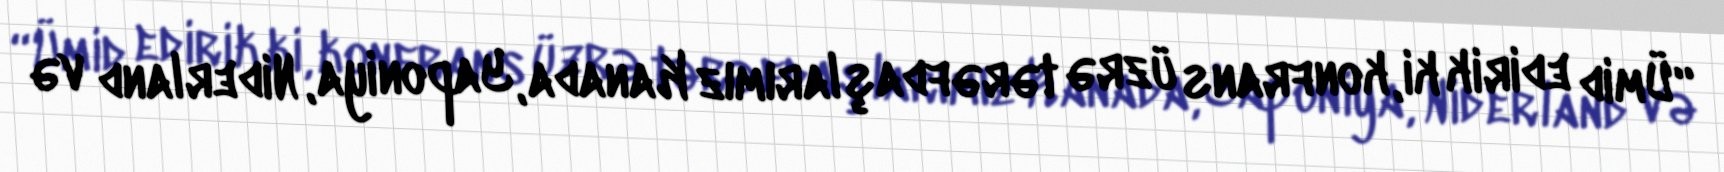
“Ümid edirik ki, konfrans üzrə tərəfdaşlarımız Kanada, Yaponiya, Niderland və